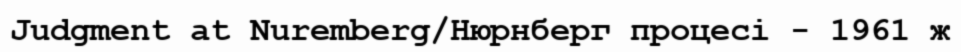
Judgment at Nuremberg/Нюрнберг процесі - 1961 ж